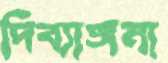
দিব্যাঙ্গনা